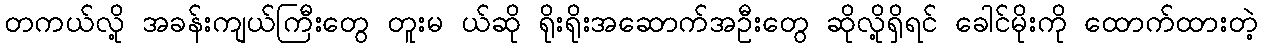
တကယ်လို့ အခန်းကျယ်ကြီးတွေ တူးမ ယ်ဆို ရိုးရိုးအဆောက်အဦးတွေ ဆိုလို့ရှိရင် ခေါင်မိုးကို ထောက်ထားတဲ့